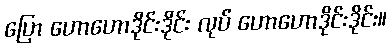
ပြော ဟောဟောဒိုင်းဒိုင်း လုပ် ဟောဟောဒိုင်းဒိုင်း။